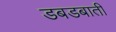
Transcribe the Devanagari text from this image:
डबडबाती